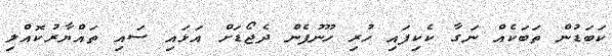
ކަބަޑުން ތަބަކެއް ނަގާ ކެކިފައި ހުރި ހޫނުފެން ދެޖޯޑަށް އަޅައި ސައި ތައްޔާރުކޮއްލި